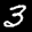
Label: 3